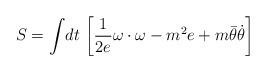
LaTeX: \begin{align*}S=\int\! dt\ \biggl [ {1\over 2e} \omega\cdot\omega-m^2e+m\bar\theta{\dot \theta}\biggr ]\end{align*}